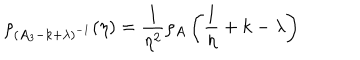
\rho _ { ( A _ { 3 } - k + \lambda ) ^ { - 1 } } ( \eta ) = \frac { 1 } { \eta ^ { 2 } } \rho _ { A } \left( \frac { 1 } { \eta } + k - \lambda \right)